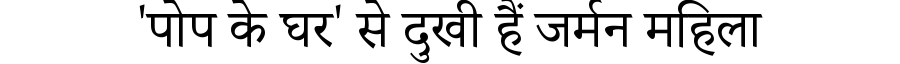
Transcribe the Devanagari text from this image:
'पोप के घर' से दुखी हैं जर्मन महिला